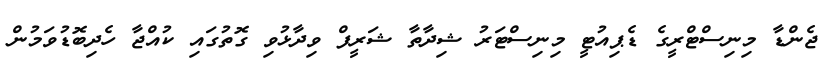
ޖެންޑާ މިނިސްޓްރީގެ ޑެޕިއުޓީ މިނިސްޓަރު ޝިދާތާ ޝަރީފް ވިދާޅުވި ގޮތުގައި ކުއްޖާ ހެދިބޮޑުވަމުން